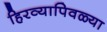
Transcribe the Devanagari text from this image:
हिरव्यापिवळ्या